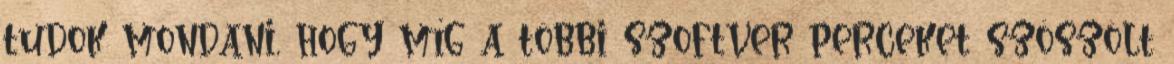
tudok mondani, hogy míg a többi szoftver perceket szöszölt